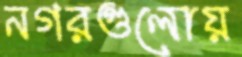
নগরগুলোয়